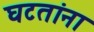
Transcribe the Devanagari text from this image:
घटतांना